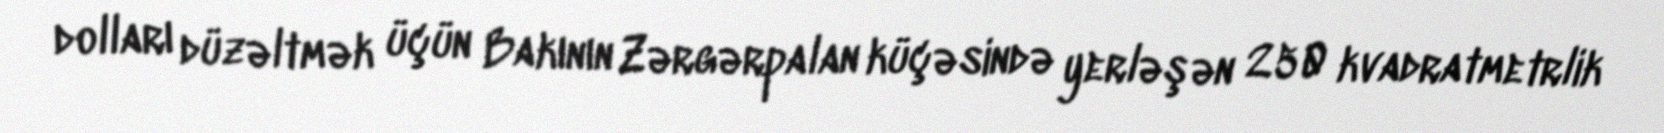
dolları düzəltmək üçün Bakının Zərgərpalan küçəsində yerləşən 250 kvadratmetrlik